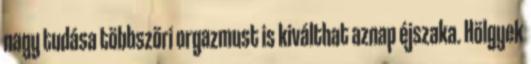
nagy tudása többszöri orgazmust is kiválthat aznap éjszaka. Hölgyek